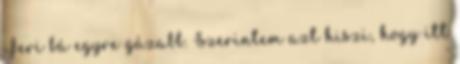
Feri bá egyre gázabb. Szerintem azt hiszi, hogy itt